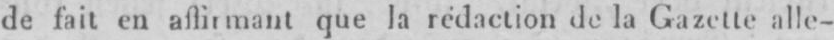
de fait en affirmant que la rédaction de la Gazette alle-